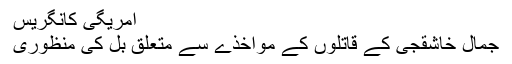
امریگی کانگریس
جمال خاشقجی کے قاتلوں کے مواخذے سے متعلق بل کی منظوری